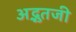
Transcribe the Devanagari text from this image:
अद्भुतजी